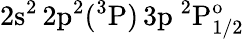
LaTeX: \mathrm{2s^{2}\, 2p^{2}(^{3}P)\, 3p~^{2}P_{1/2}^{o}}